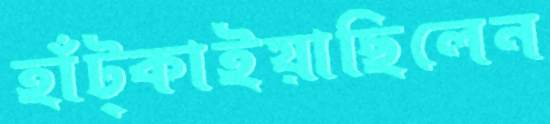
হাঁট্‌কাইয়াছিলেন